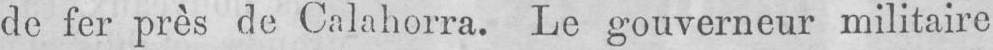
de fer près de Calahorra. Le gouverneur militaire